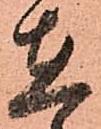
在